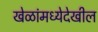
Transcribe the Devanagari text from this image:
खेळांमध्येदेखील